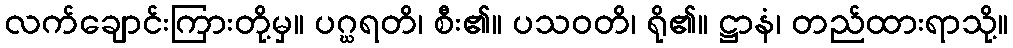
လက်ချောင်းကြားတို့မှ။ ပဂ္ဃရတိ၊ စီး၏။ ပသဝတိ၊ ရို၏။ ဋ္ဌာနံ၊ တည်ထားရာသို့။